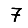
Digit: 7